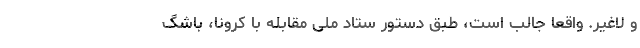
و لاغیر. واقعا جالب است، طبق دستور ستاد ملی مقابله با کرونا، باشگ